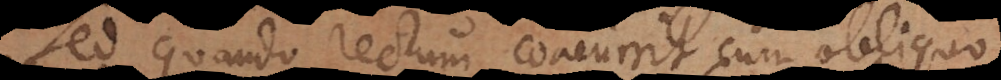
Sed quando rectum concurrit cum obliquo,